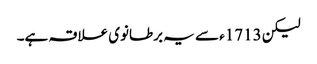
لیکن 1713ء سے یہ برطانوی علاقہ ہے۔